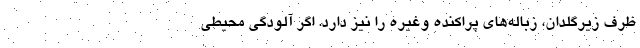
ظرف زیرگلدان، زباله‌های پراکنده وغیره را نیز دارد. اگر آلودگی محیطی